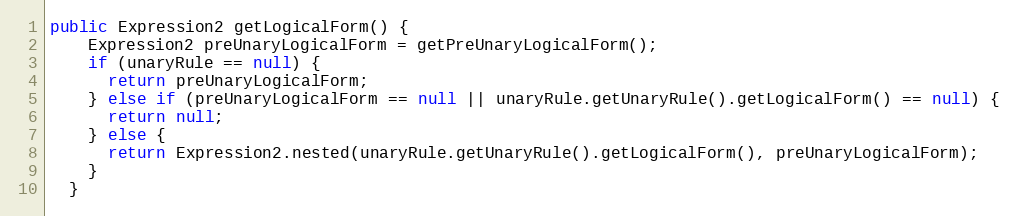
Language: Java
public Expression2 getLogicalForm() {
    Expression2 preUnaryLogicalForm = getPreUnaryLogicalForm();
    if (unaryRule == null) {
      return preUnaryLogicalForm;
    } else if (preUnaryLogicalForm == null || unaryRule.getUnaryRule().getLogicalForm() == null) {
      return null;
    } else {
      return Expression2.nested(unaryRule.getUnaryRule().getLogicalForm(), preUnaryLogicalForm);
    }
  }